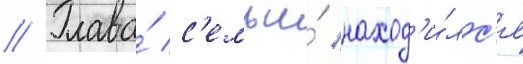
// Глава́ с'емьи́ наход'и́лс'я